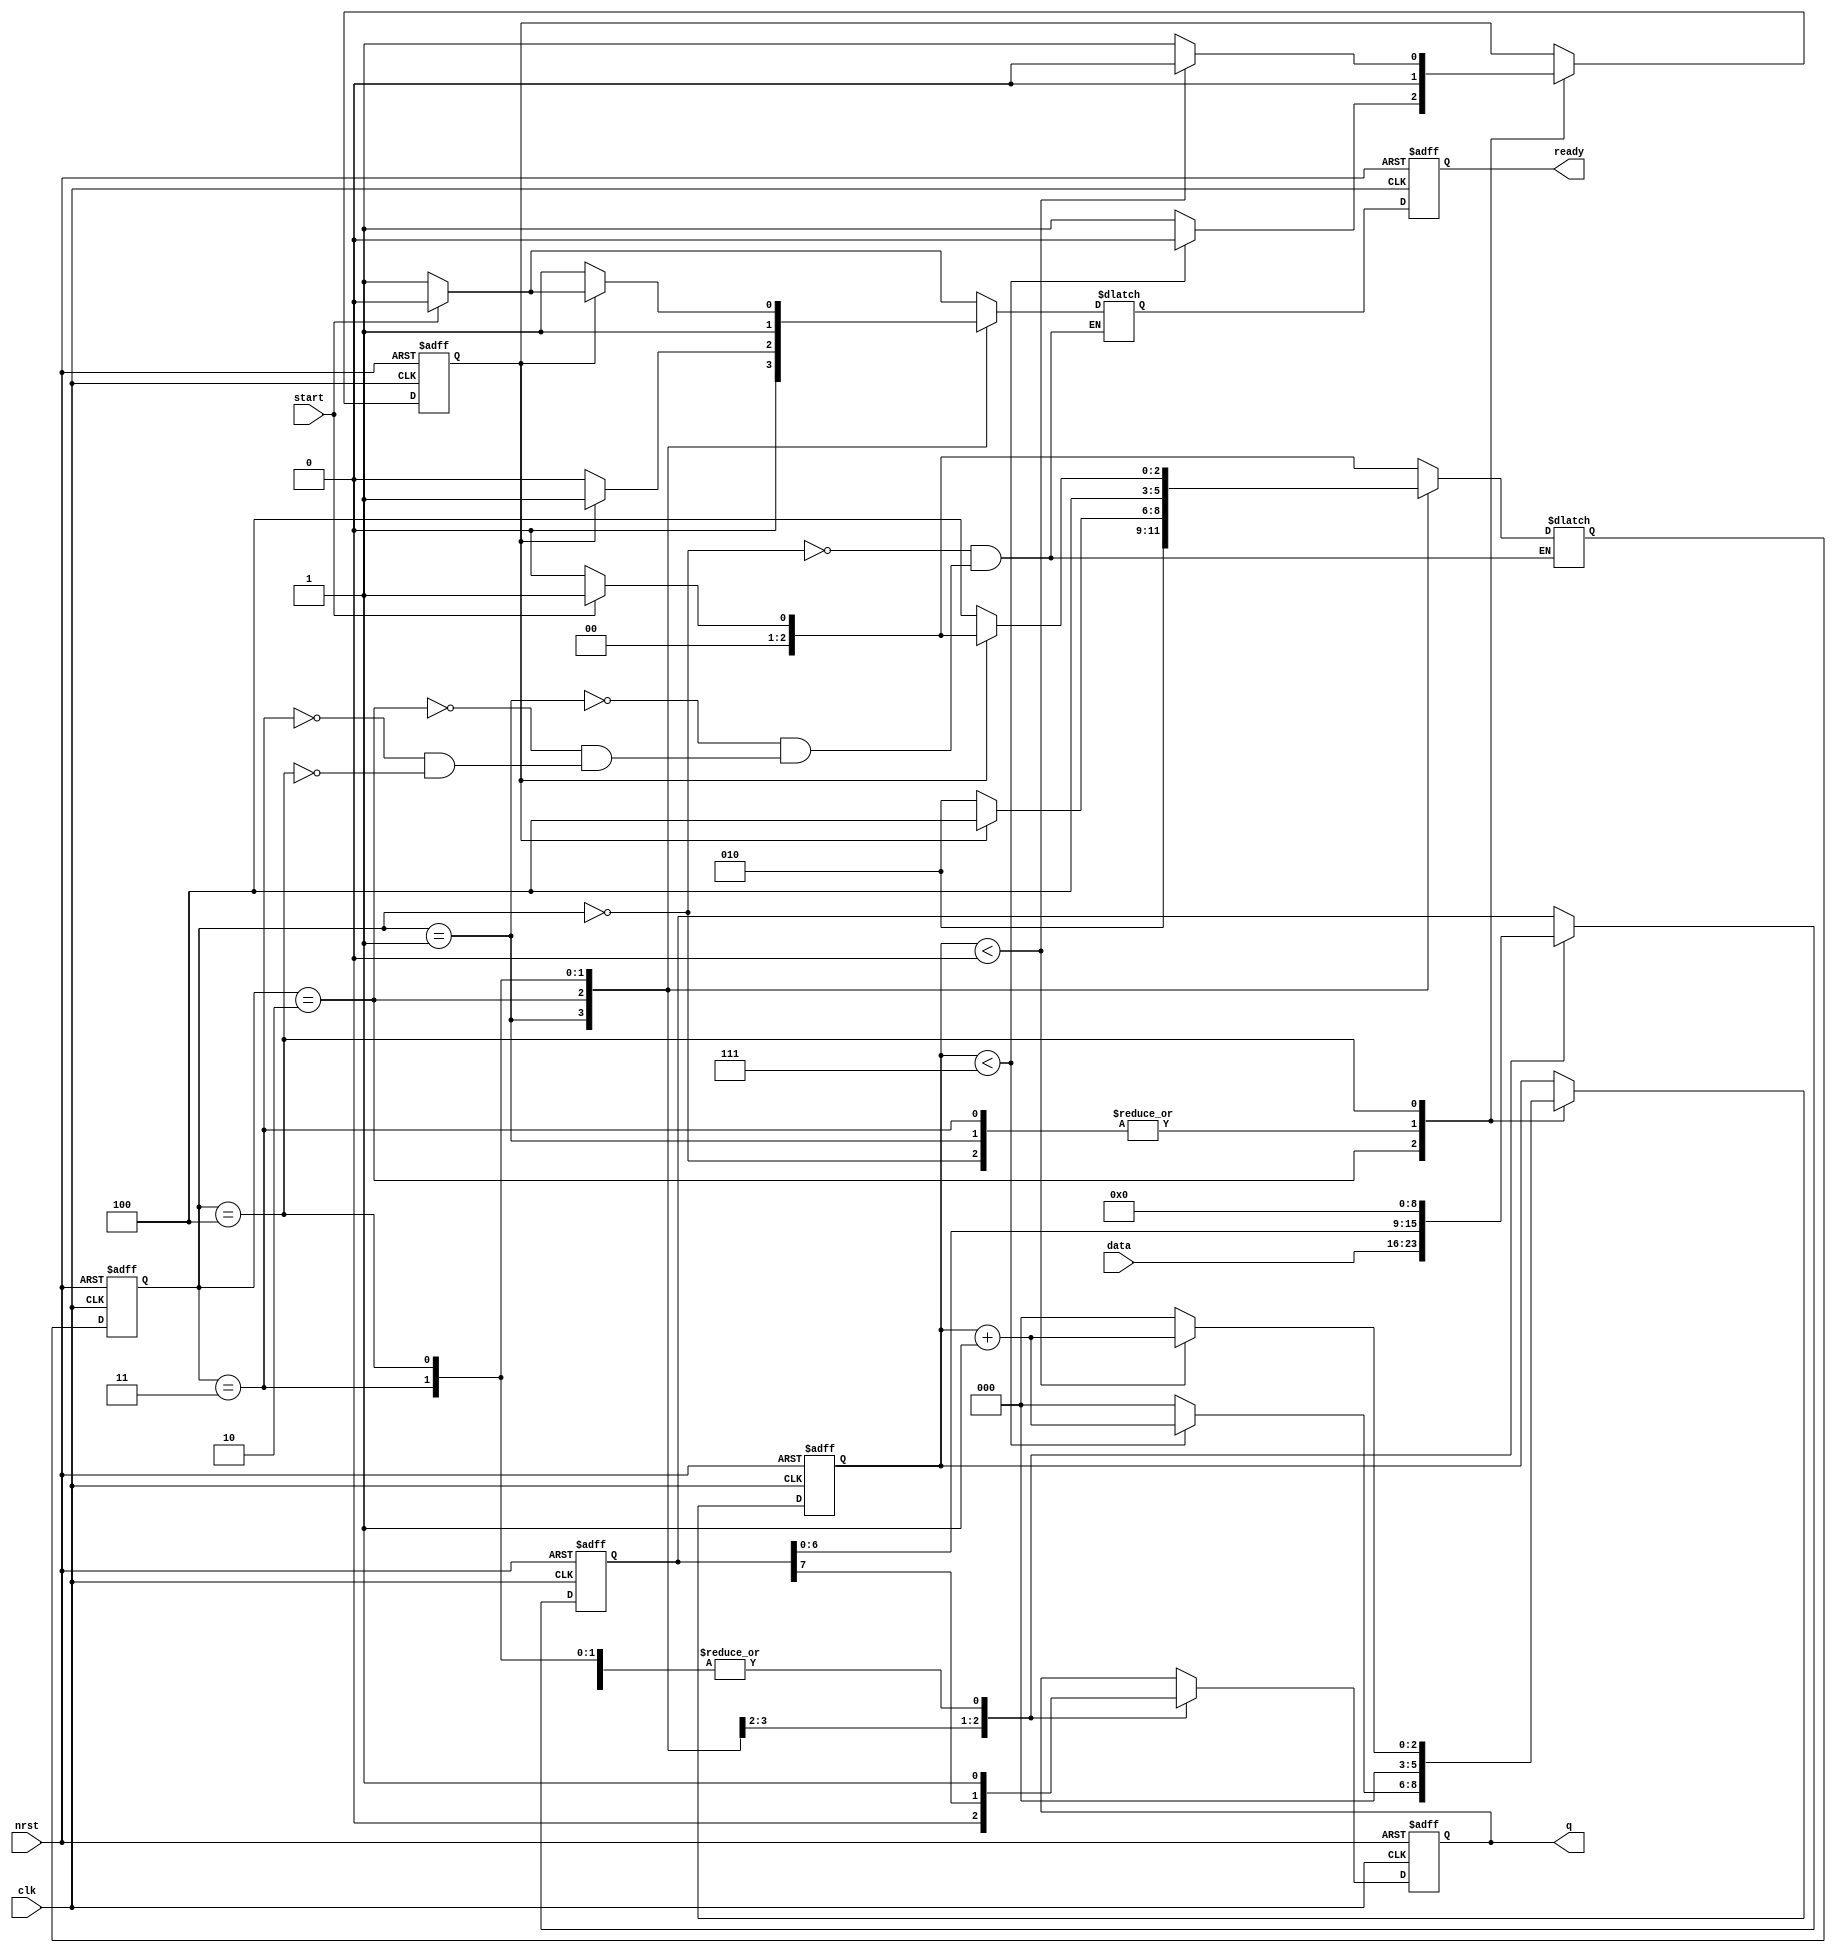
/*
start    .    ,    ,           .     
*/
module UART_TX
(
	//	Inputs
	clk,
	nrst,
	start,
	data,
	//	Outputs;
	q,
	ready
);

parameter N = 8;	// Word bit width;
parameter M = 3;	// Bit counter width;
parameter PARITY = 0;	
//	0 - none;
//	1 - even;
//	2 - odd;
//	3 - mark;
//	4 - space;
parameter STOP = 0;
//	0 - 1
//	1 - 2
localparam IDLE = 0, SET_START = 1, TX_DATA = 2, SET_PARITY = 3, SET_STOP = 4;

///	INPUTS
//	System;
input clk, nrst;
//	Strat command;
input start;
//	Input data bus;
input [N-1:0]	data;


///	OUTPUTS
output reg q;
output reg ready;


///	INTERNAL
//	Data register and bit counter;
reg	[N-1:0]	data_reg;
reg [M-1:0]	cnt;
reg 		cnt_end;
//	State machine;
reg  [2:0]	state, next_state;
reg			next_ready;


///	WORK
//	State machine;
always@(*)
	case (state)
		IDLE:
			if (start)
				begin
				next_state = SET_START;
				next_ready = 0;
				end
			else
				begin
				next_state = IDLE;
				next_ready = 1;
				end

		SET_START:
			begin
			next_state = TX_DATA;
			next_ready = 0;
			end
			
		TX_DATA:
			if (cnt_end)
				if (PARITY == 0)
					begin
					next_state = SET_STOP;
					next_ready = (STOP) ? 0 : 1;
					end
				else
					begin
					next_state = SET_PARITY;
					next_ready = 0;
					end
			else
				begin
				next_state = TX_DATA;
				next_ready = 0;
				end
			
		SET_PARITY:
			begin
			next_state = SET_STOP;
			next_ready = (STOP) ? 0 : 1;
			end
			
		SET_STOP:
			if (cnt_end)
				if (start)
					begin
					next_state = SET_START;
					next_ready = 0;
					end
				else
					begin
					next_state = IDLE;
					next_ready = 1;
					end
			else
				begin
				next_state = SET_STOP;
				next_ready = 1;
				end
	endcase

always@(negedge clk or negedge nrst)
	if (!nrst)
		state <= 0;
	else
		state <= next_state;


//	Data register and bit counter;
always@(posedge clk or negedge nrst)
	if (!nrst)
		begin
		q <= 1;
		cnt <= 0;
		cnt_end <= 0;
		data_reg <= 0;
		end
	else
		case (state)
			IDLE:
				begin
				q <= 1;
				cnt <= 0;
				cnt_end <= 0;
				data_reg <= 0;
				end
				
			SET_START:
				begin
				q <= 0;
				cnt <= 0;
				cnt_end <= 0;
				data_reg <= data;
				end
				
			TX_DATA:
				begin
				q <= data_reg[N-1];
				data_reg <= {data_reg[N-2:0], 1'b0};
				if (cnt < N-1)
					begin
					cnt <= cnt + 1;
					cnt_end <= 0;
					end
				else
					begin
					cnt <= 0;
					cnt_end <= 1;
					end
				end
			
			SET_PARITY: //    
				begin
				q <= 1;
				cnt <= 0;
				cnt_end <= 0;
				data_reg <= 0;
				end
				
			SET_STOP:
				begin
				q <= 1;
				data_reg <= 0;
				if (cnt < STOP)
					begin
					cnt <= cnt + 1;
					cnt_end <= 0;
					end
				else
					begin
					cnt <= 0;
					cnt_end <= 1;
					end
				end
		endcase

//	Ready flag
always@(negedge clk or negedge nrst)
	if (!nrst)
		ready <= 0;
	else
		ready <= next_ready;
		// case (STOP)
			// 0: ready <= (next_state == SET_STOP);
			// 1: ready <= (state == SET_STOP) & ~cnt_end;
		// endcase
endmodule